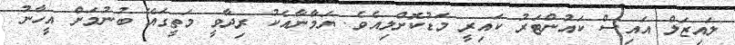
ލައިޒަލް އައިސް ކައުންޓަރު ކައިރީ މަޑުކޮށްލިއެވެ. ޔަމާނާއެކު ރިދާވީ މަތީގައޭ ބުނުމަށް އީހާނު